Indian journal of veterinary science and animal husbandry - Volume 4,
Year: 1934
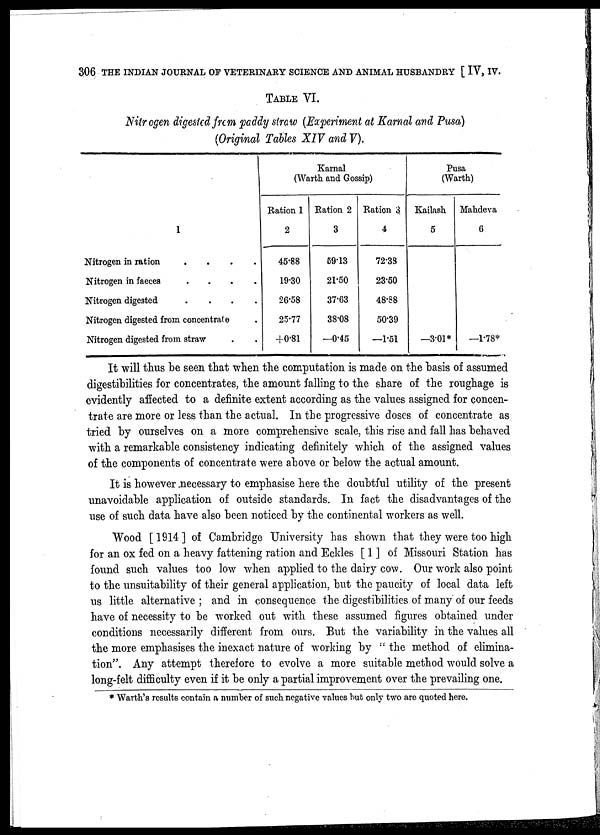
306 THE INDIAN JOURNAL OF VETERINARY SCIENCE AND ANIMAL HUSBANDRY [ IV, IV.
TABLE VI.
Nitrogen digested from paddy straw (Experiment at Karnal and Pusa)
(Original Tables XIV and V).
1
Nitrogen in ration
....
Nitrogen in faeces
....
Nitrogen digested
....
Nitrogen digested from concentrate .
Nitrogen digested from straw ..
Karnal
(Warth and Gossip)
Ration 1
2
45.88
19.30
26.58
25.77
+0.81
Ration 2
3
59.13
21.50
37.63
38.08
—0.45
Ration 3
4
72.38
23.50
48.88
50.39
—1.51
Pusa
(Warth)
Kailash
5
—3.01*
Mahdeva
6
—1.78*
It will thus be seen that when the computation is made on the basis of assumed
digestibilities for concentrates, the amount falling to the share of the roughage is
evidently affected to a definite extent according as the values assigned for concen-
trate are more or less than the actual. In the progressive doses of concentrate as
tried by ourselves on a more comprehensive scale, this rise and fall has behaved
with a remarkable consistency indicating definitely which of the assigned values
of the components of concentrate were above or below the actual amount.
It is however necessary to emphasise here the doubtful utility of the present
unavoidable application of outside standards. In fact the disadvantages of the
use of such data have also been noticed by the continental workers as well.
Wood [1914] of Cambridge University has shown that they were too high
for an ox fed on a heavy fattening ration and Eckles [ 1 ] of Missouri Station has
found such values too low when applied to the dairy cow. Our work also point
to the unsuitability of their general application, but the paucity of local data left
us little alternative ; and in consequence the digestibilities of many of our feeds
have of necessity to be worked out with these assumed figures obtained under
conditions necessarily different from ours. But the variability in the values all
the more emphasises the inexact nature of working by " the method of elimina-
tion". Any attempt therefore to evolve a more suitable method would solve a
long-felt difficulty even if it be only a partial improvement over the prevailing one.
* Warth's results contain a number of such negative values but only two are quoted here.